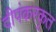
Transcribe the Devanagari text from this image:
दीपंकरकृत